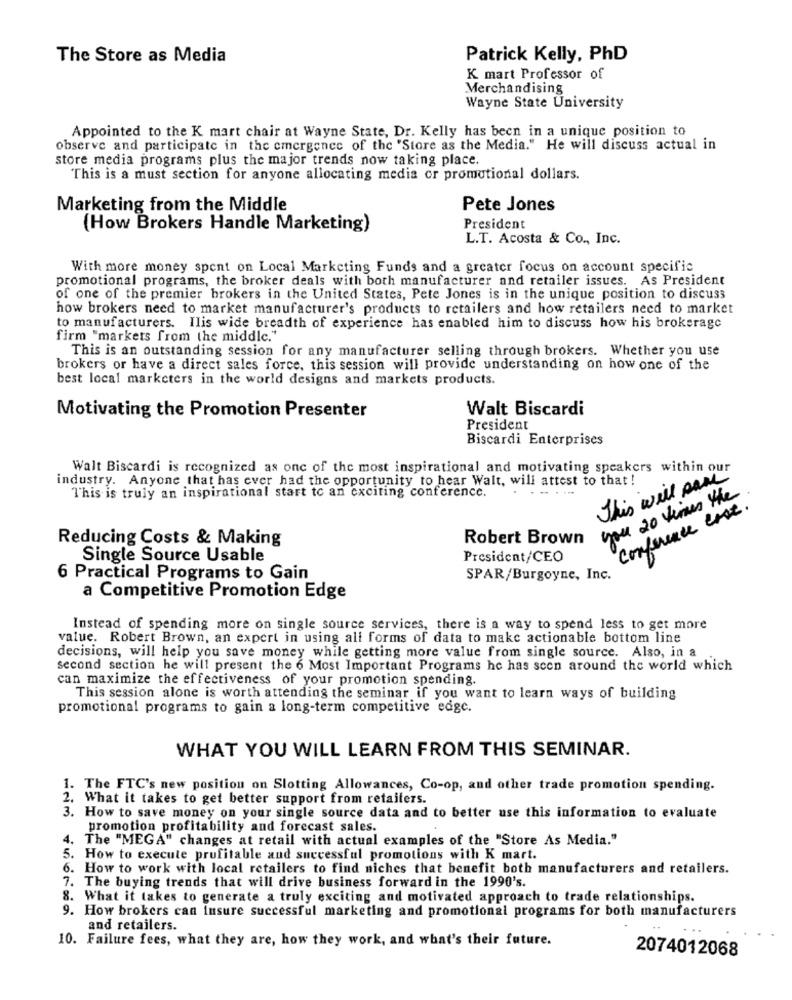
The Store as Media
Patrick Kelly, PhD
K mart Professor of
Merchandising
Wayne State University
Appointed to the K mart chair at Wayne State, Dr. Kelly has been in a unique position to
observe and participate in the emergence of the "Store as the Media." He will discuss actual in
store media programs plus the major trends now taking place.
This is a must section for anyone allocating media or promotional dollars.
Marketing from the Middle
Pete Jones
(How Brokers Handle Marketing)
President
L.T. Acosta & Co ., Inc.
With more money spent on Local Marketing Funds and a greater focus on account specific
promotional programs, the broker deals with both manufacturer and retailer issues. As President
of one of the premier brokers in the United States, Pete Jones is in the unique position to discuss
how brokers need to market manufacturer's products to retailers and how retailers need to market
to manufacturers. Ilis wide breadth of experience has enabled him to discuss how his brokerage
firm "markets from the middle."
This is an outstanding session for any manufacturer selling through brokers. Whether you use
brokers or have a direct sales force, this session will provide understanding on how one of the
best local marketers in the world designs and markets products.
Walt Biscardi
Motivating the Promotion Presenter
President
Biscardi Enterprises
Walt Biscardi is recognized as one of the most inspirational and motivating speakers within our
industry. Anyone that has ever had the opportunity to hear Walt, will attest to that !
This will park
This is truly an inspirational start to an exciting conference.
you 20 times the
conference cose.
Reducing Costs & Making
Robert Brown
Single Source Usable
President/CEO
6 Practical Programs to Gain
SPAR/Burgoyne, Inc.
a Competitive Promotion Edge
Instead of spending more on single source services, there is a way to spend less to get more
value. Robert Brown, an expert in using all forms of data to make actionable bottom line
decisions, will help you save money while getting more value from single source. Also, in a
second section he will present the 6 Most Important Programs he has scon around the world which
can maximize the effectiveness of your promotion spending.
This session alone is worth attending the seminar if you want to learn ways of building
promotional programs to gain a long-term competitive edge.
WHAT YOU WILL LEARN FROM THIS SEMINAR.
1. The FTC's new position on Slotting Allowances, Co-op, and other trade promotion spending.
2. What it takes to get better support from retailers.
3. How to save money on your single source data and to better use this information to evaluate
promotion profitability and forecast sales.
. The "MEGA" changes at retail with actual examples of the "Store As Media."
5. How to execute profitable and successful promotions with K mart.
6. How to work with local retailers to find niches that benefit both manufacturers and retailers.
7. The buying trends that will drive business forward in the 1990's.
8. What it takes to generate a truly exciting and motivated approach to trade relationships.
9. How brokers can insure successful marketing and promotional programs for both manufacturers
and retailers.
10. Failure fees, what they are, how they work, and what's their future.
2074012068